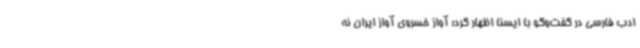
ادب فارسی در گفت‌وگو با ایسنا اظهار کرد: آواز خسروی آواز ایران نه